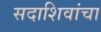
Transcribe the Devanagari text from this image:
सदाशिवांचा